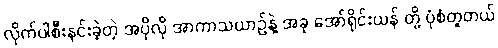
လိုက်ပါစီးနင်းခဲ့တဲ့ အပိုလို အာကာသယာဉ်နဲ့ အခု အော်ရိုင်းယန် တို့ ပုံစံတူတယ်